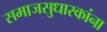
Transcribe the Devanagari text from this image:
समाजसुधारकांना